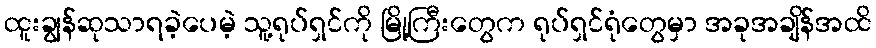
ထူးချွန်ဆုသာရခဲ့ပေမဲ့ သူ့ရုပ်ရှင်ကို မြို့ကြီးတွေက ရုပ်ရှင်ရုံတွေမှာ အခုအချိန်အထိ